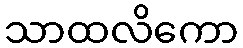
သာထလိကော